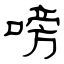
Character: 嗙